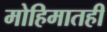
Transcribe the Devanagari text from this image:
मोहिमातही